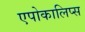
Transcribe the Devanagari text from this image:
एपोकालिप्स